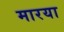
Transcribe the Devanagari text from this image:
मारया